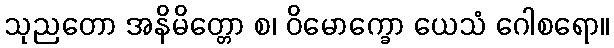
သုညတော အနိမိတ္တော စ၊ ဝိမောက္ခော ယေသံ ဂေါစရော။